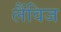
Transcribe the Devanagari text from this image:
लैंविज